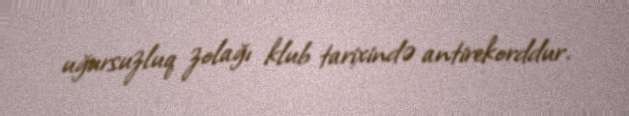
uğursuzluq zolağı klub tarixində antirekorddur.